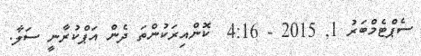
ސެޕްޓެމްބަރު 1